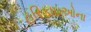
હરિફાઇઓના